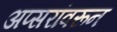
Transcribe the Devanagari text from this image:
अप्सरांवरून